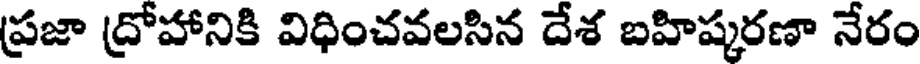
ప్రజా ద్రోహానికి విధించవలసిన దేశ బహిష్కరణా నేరం